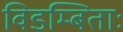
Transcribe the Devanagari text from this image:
विडम्बिताः